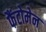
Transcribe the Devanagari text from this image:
फैंटोमेन